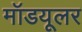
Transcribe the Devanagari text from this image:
मॉडयूलर